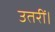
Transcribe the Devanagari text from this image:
उतरीं।